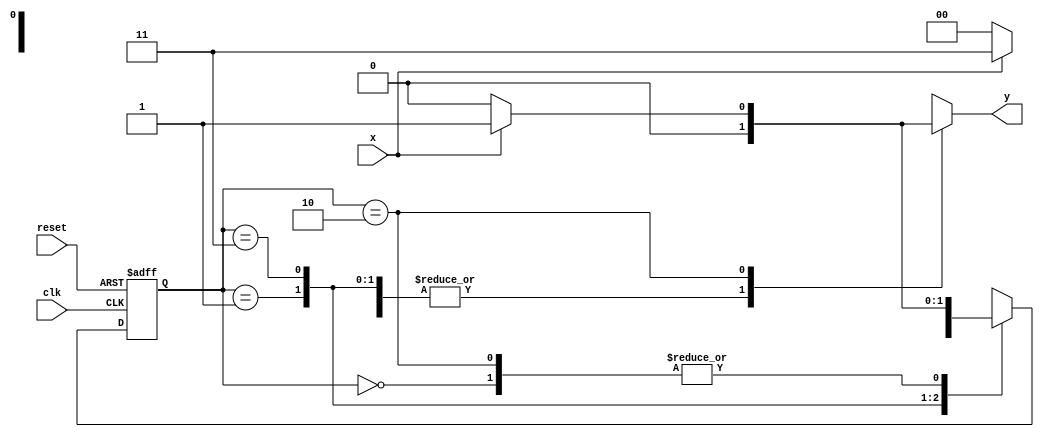
// Mealy1101 - Maquinas de estados finitos
// Nome: Tiago Moreira

//-----------
// Mealy FSM
//-----------
/* 
							Mealy FSM Diagram 
		  				 __________________________
		 				/						  			\ 
	  			1 	  v 		1 				0 		  1 | // found 
	[start] ---> [id1] ---> [id11] ---> [id110] 
		^ \0 			0| 		1/  ^ 			  0 | // not found 
		\_/ 		 	/ 			 \__/ 				 | 
		 \_________/ 									/ 
		  \ 											  / 
		   \_________________________________/ 
*/ 

//constant definitions
`define found		1
`define notfound	0

//FSM by Mealy
module mealy1101(y,x,clk,reset);
	output y;
	input x;
	input clk;
	input reset;
	
	reg y;
	
	parameter	//state identifiers
		start = 2'b00,
		id1 = 2'b01,
		id11 = 2'b11,
		id110 = 2'b10;
		
		reg [1:0] E1;	//current state variables
		reg [1:0] E2;	//next state logic output
		
		//next state logic
		always @ (x or E1)
			begin
				y = `notfound;
				
				case (E1)
					start:
						if (x)
							E2 = id1;
						else
							E2 = start;
					id1:
						if (x)
							E2 = id11;
						else
							E2 = start;
					id11:
						if (x)
							E2 = id11;
						else
							E2 = id110;
					id110:
						if (x)
							begin
								E2 = id1;
								y = `found;
							end
						else
							begin
								E2 = start;
								y = `notfound;
							end
					default:		//undefined state
						E2 = 2'bxx;
				endcase
			end //always at signal or state changing
			
		//state variables
			always @ (posedge clk or negedge reset)
				begin
					if (reset)
						E1 = E2;	//updates current state
					else
						E1 = start;	//reset
				end //always at signal changing
				
endmodule //mealy1101

// -----------
//	Test Mealy
// -----------
module testMealy1101;
	reg x,reset,clk;
	wire y;
	
	mealy1101 m1(y,x,clk,reset);
	
	initial
		begin
			x = 1'b1;
			reset = 1'b1;
			clk = 1'b0;
		end
	
	initial
		begin
		
		$display("Mealy1101\nNome: Tiago Moreira\nMatricula: 438948");
		
		$display("Clk  Rst  x  y");
		#4 x = 1'b0;
		#2 x = 1'b1;
		#4 $finish;
		end
		
	always
		#1 clk = ~clk;
	
	always @(posedge clk)
		begin
			$display("%d	%b  %b  %b",$time,reset,x,y);
		end

endmodule //testMealy

/* -- Documentacao complementar
 
 		Historico
 Nome						Data				Modificacao
 Mealy1101			30/09/2011		FSM by Mealy

			Testes e Resultados

 Mealy1101
 	*obs: nao conseguir fazer o programa identificar 1101, por isso,
			nao pude realizar mais testes

*/